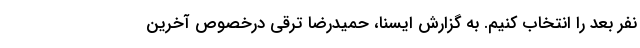
نفر بعد را انتخاب کنیم. به گزارش ایسنا، حمیدرضا ترقی درخصوص آخرین